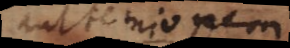
aut ternionem